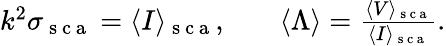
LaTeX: \begin{array}{rlr}{k^{2}\sigma_{\mathrm{~s~c~a~}}=\langle I\rangle_{\mathrm{~s~c~a~}},}&{{}}&{\langle\Lambda\rangle=\frac{\langle V\rangle_{\mathrm{~s~c~a~}}}{\langle I\rangle_{\mathrm{~s~c~a~}}}.}\end{array}